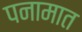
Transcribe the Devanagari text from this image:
पनामात